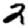
Digit: 2